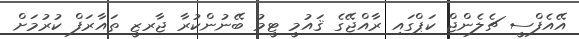
އޭއެފްސީ ޗެލެންޖް ކަޕްގައި ރާއްޖޭގެ ޤައުމީ ޓީމު ބޭނުންކުރާ ޖާރޒީ ތައާރަފް ކުރުމަށް